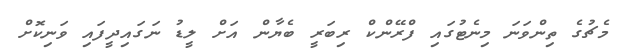
މެޗުގެ ތިންވަނަ މިނެޓުގައި ފްރޭންކް ރިބަރީ ބެޔާން އަށް ލީޑު ނަގައިދީފައި ވަނިކޮށް